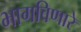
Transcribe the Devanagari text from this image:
भागविणारे